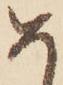
め